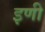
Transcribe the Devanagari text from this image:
इणी